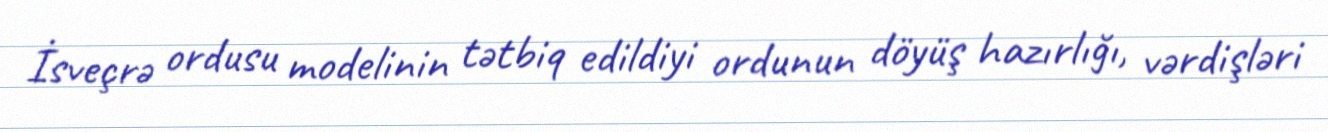
İsveçrə ordusu modelinin tətbiq edildiyi ordunun döyüş hazırlığı, vərdişləri